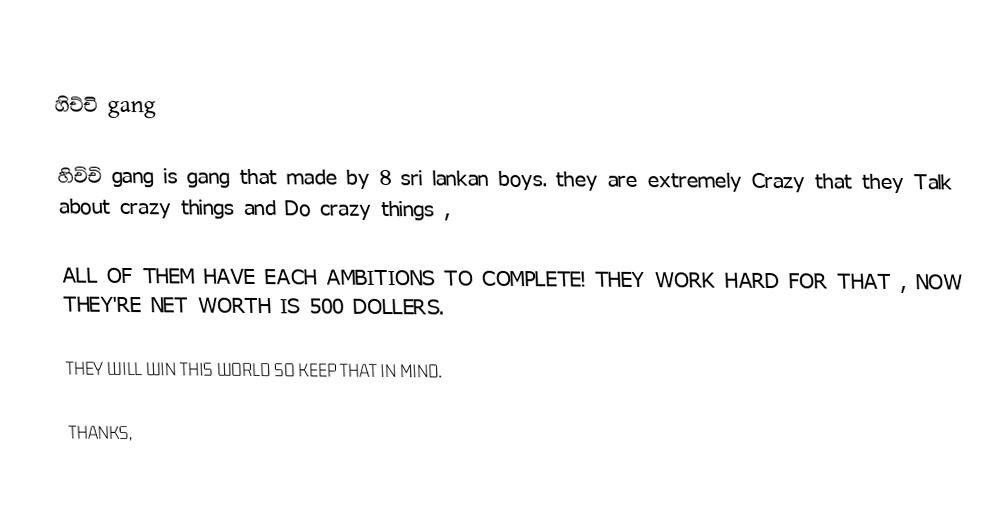

හිච්චි gang

හිච්චි gang is gang that made by 8 sri lankan boys. they are extremely Crazy that they Talk about crazy things and Do crazy things ,

ALL OF THEM HAVE EACH AMBITIONS TO COMPLETE! THEY WORK HARD FOR THAT , NOW THEY'RE NET WORTH IS 500 DOLLERS.

THEY WILL WIN THIS WORLD SO KEEP THAT IN MIND.

THANKS,